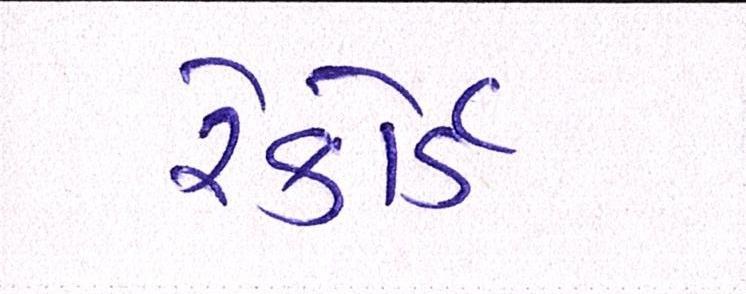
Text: રેકોર્ડ